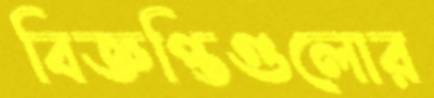
বিজ্ঞপ্তিগুলোর